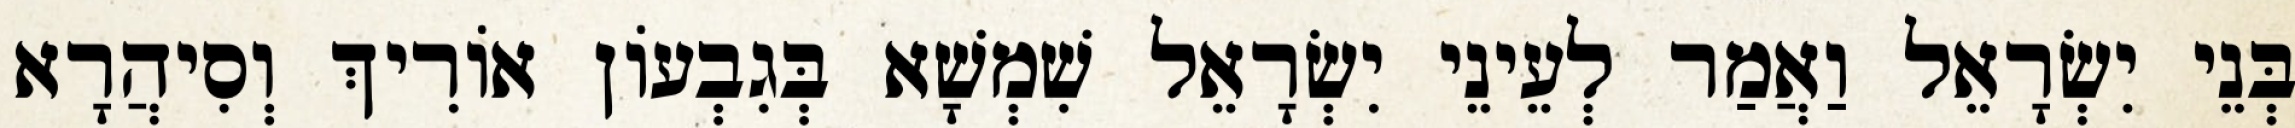
בְּנֵי יִשְׂרָאֵל וַאֲמַר לְעֵינֵי יִשְׂרָאֵל שִׁמְשָׁא בְּגִבְעוֹן אוֹרִיךְ וְסִיהֲרָא